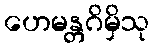
ဟေမန္တဂိမှိသု